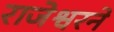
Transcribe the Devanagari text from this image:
राजेश्वरने